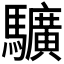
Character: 𩧉